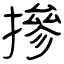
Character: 摻